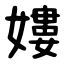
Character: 㜢